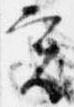
実